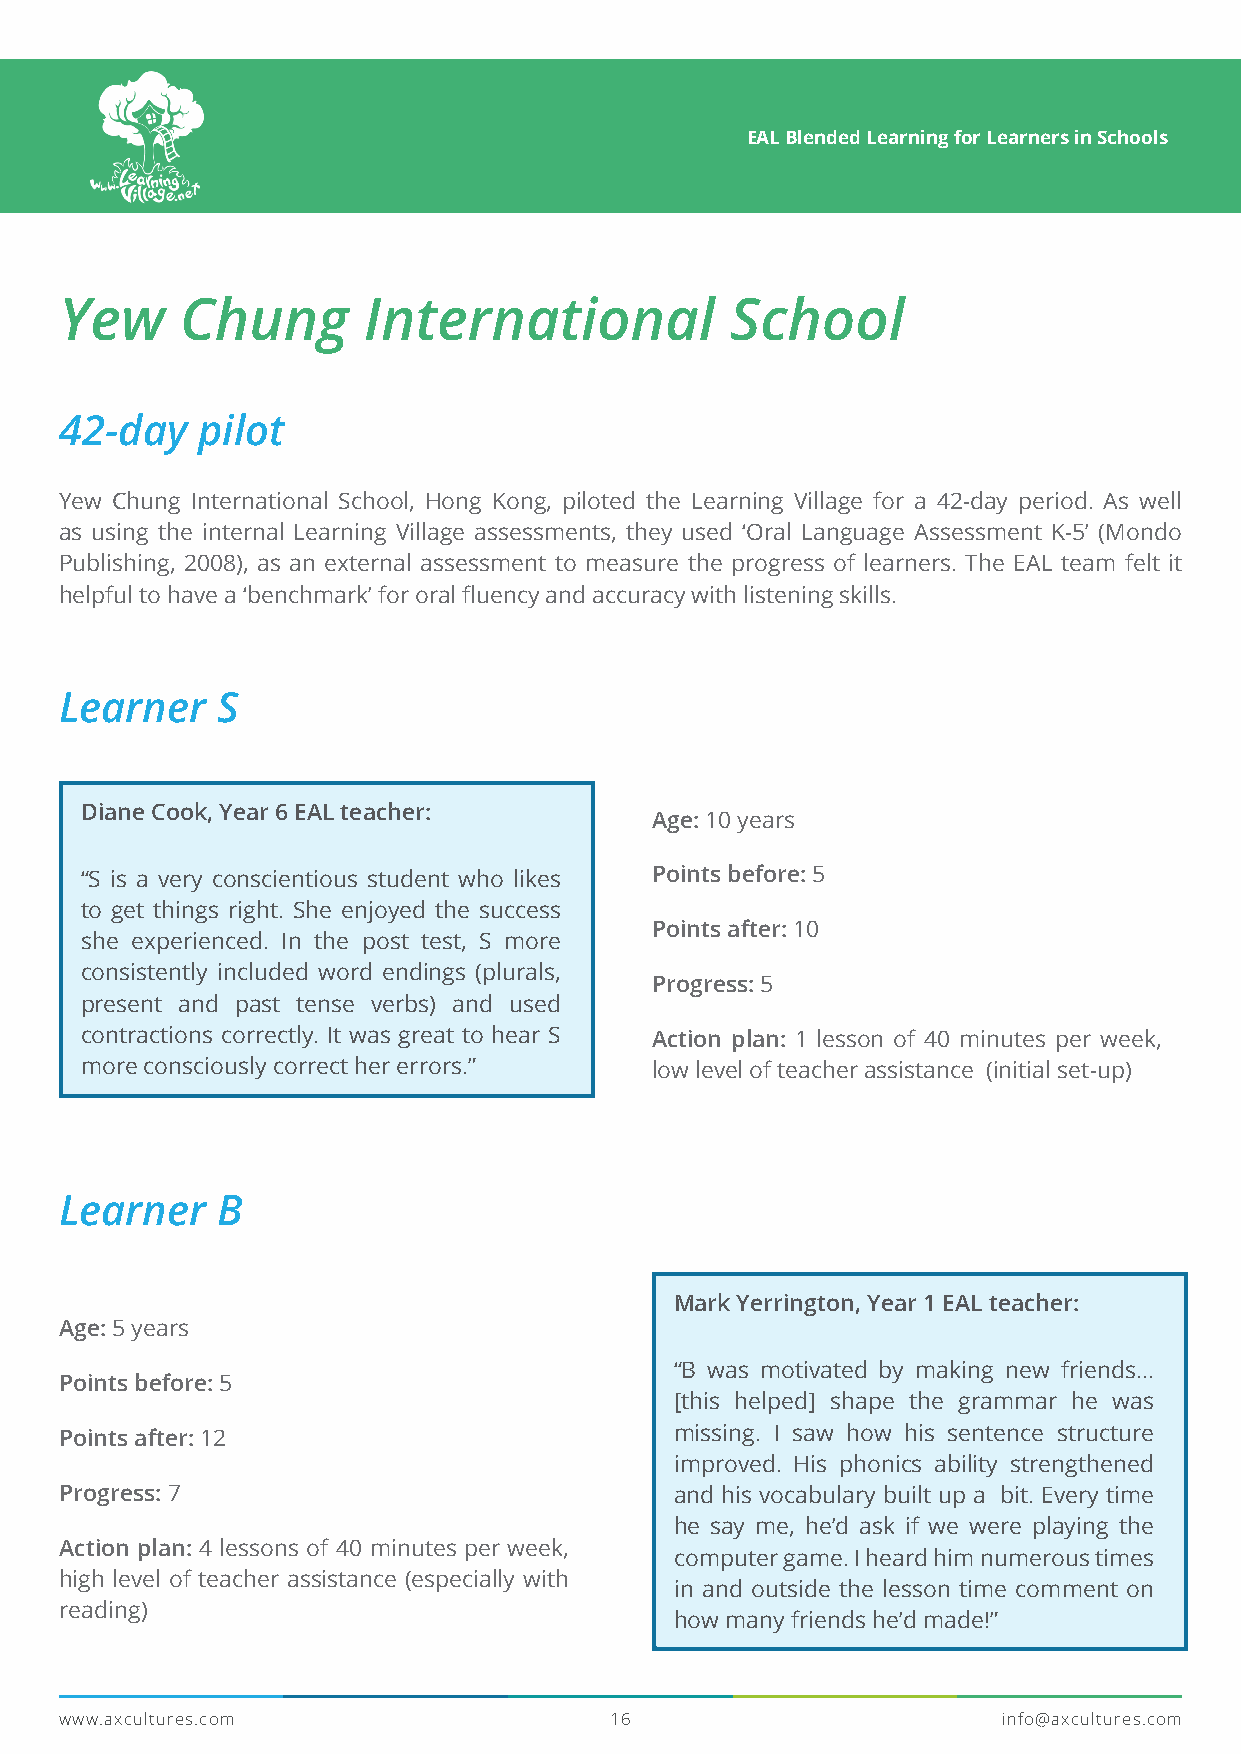
EAL Blended Learning for Learners in Schools
 Yew     Chung       International           School
 42-day   pilot
 Yew Chung International School, Hong Kong, piloted the Learning Village for a 42-day period. As well
 as using the internal Learning Village assessments, they used ‘Oral Language Assessment K-5’ (Mondo
 Publishing, 2008), as an external assessment to measure the progress of learners. The EAL team felt it
 helpful to have a ‘benchmark’ for oral fluency and accuracy with listening skills.
 Learner   S
 Diane Cook, Year 6 EAL teacher:
 Age: 10 years
 “S is a very conscientious student who likes Points before: 5
 to get things right. She enjoyed the success
 Points after: 10
 she experienced. In the post test, S more
 consistently included word endings (plurals,
 Progress: 5
 present and past tense verbs) and used
 contractions correctly. It was great to hear S Action plan: 1 lesson of 40 minutes per week,
 more consciously correct her errors.” low level of teacher assistance (initial set-up)
 Learner   B
 Mark Yerrington, Year 1 EAL teacher:
 Age: 5 years
 “B was motivated by making new friends...
 Points before: 5
 [this helped] shape the grammar he was
 Points after: 12                         missing. I saw how his sentence structure
 improved. His phonics ability strengthened
 Progress: 7                              and his vocabulary built up a bit. Every time
 he say me, he’d ask if we were playing the
 Action plan: 4 lessons of 40 minutes per week,
 computer game. I heard him numerous times
 high level of teacher assistance (especially with
 in and outside the lesson time comment on
 reading)
 how many friends he’d made!”
 www.axcultures.com                  16                        info@axcultures.com